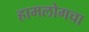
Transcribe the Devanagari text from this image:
हामलोगचा